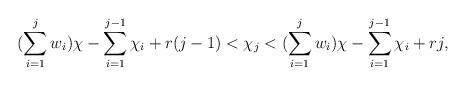
LaTeX: \begin{align*}(\sum\limits_{i=1}^j w_i)\chi - \sum\limits_{i=1}^{j-1}\chi_i + r(j-1) < \chi_j < (\sum\limits_{i=1}^j w_i)\chi - \sum\limits_{i=1}^{j-1}\chi_i + rj,\end{align*}